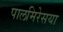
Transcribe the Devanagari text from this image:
पालमिरेसया